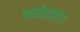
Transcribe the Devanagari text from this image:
चर्मप्रसार